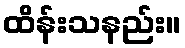
ထိန်းသနည်း။